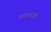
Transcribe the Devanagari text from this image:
घातवाले